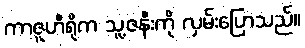
ကာဇူဟီရိုက သူ့ဇနီးကို လှမ်းပြောသည်။